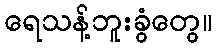
ရေသန့်ဘူးခွံတွေ။